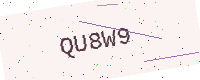
Text: QU8W9